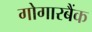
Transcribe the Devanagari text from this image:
गोगारबैंक